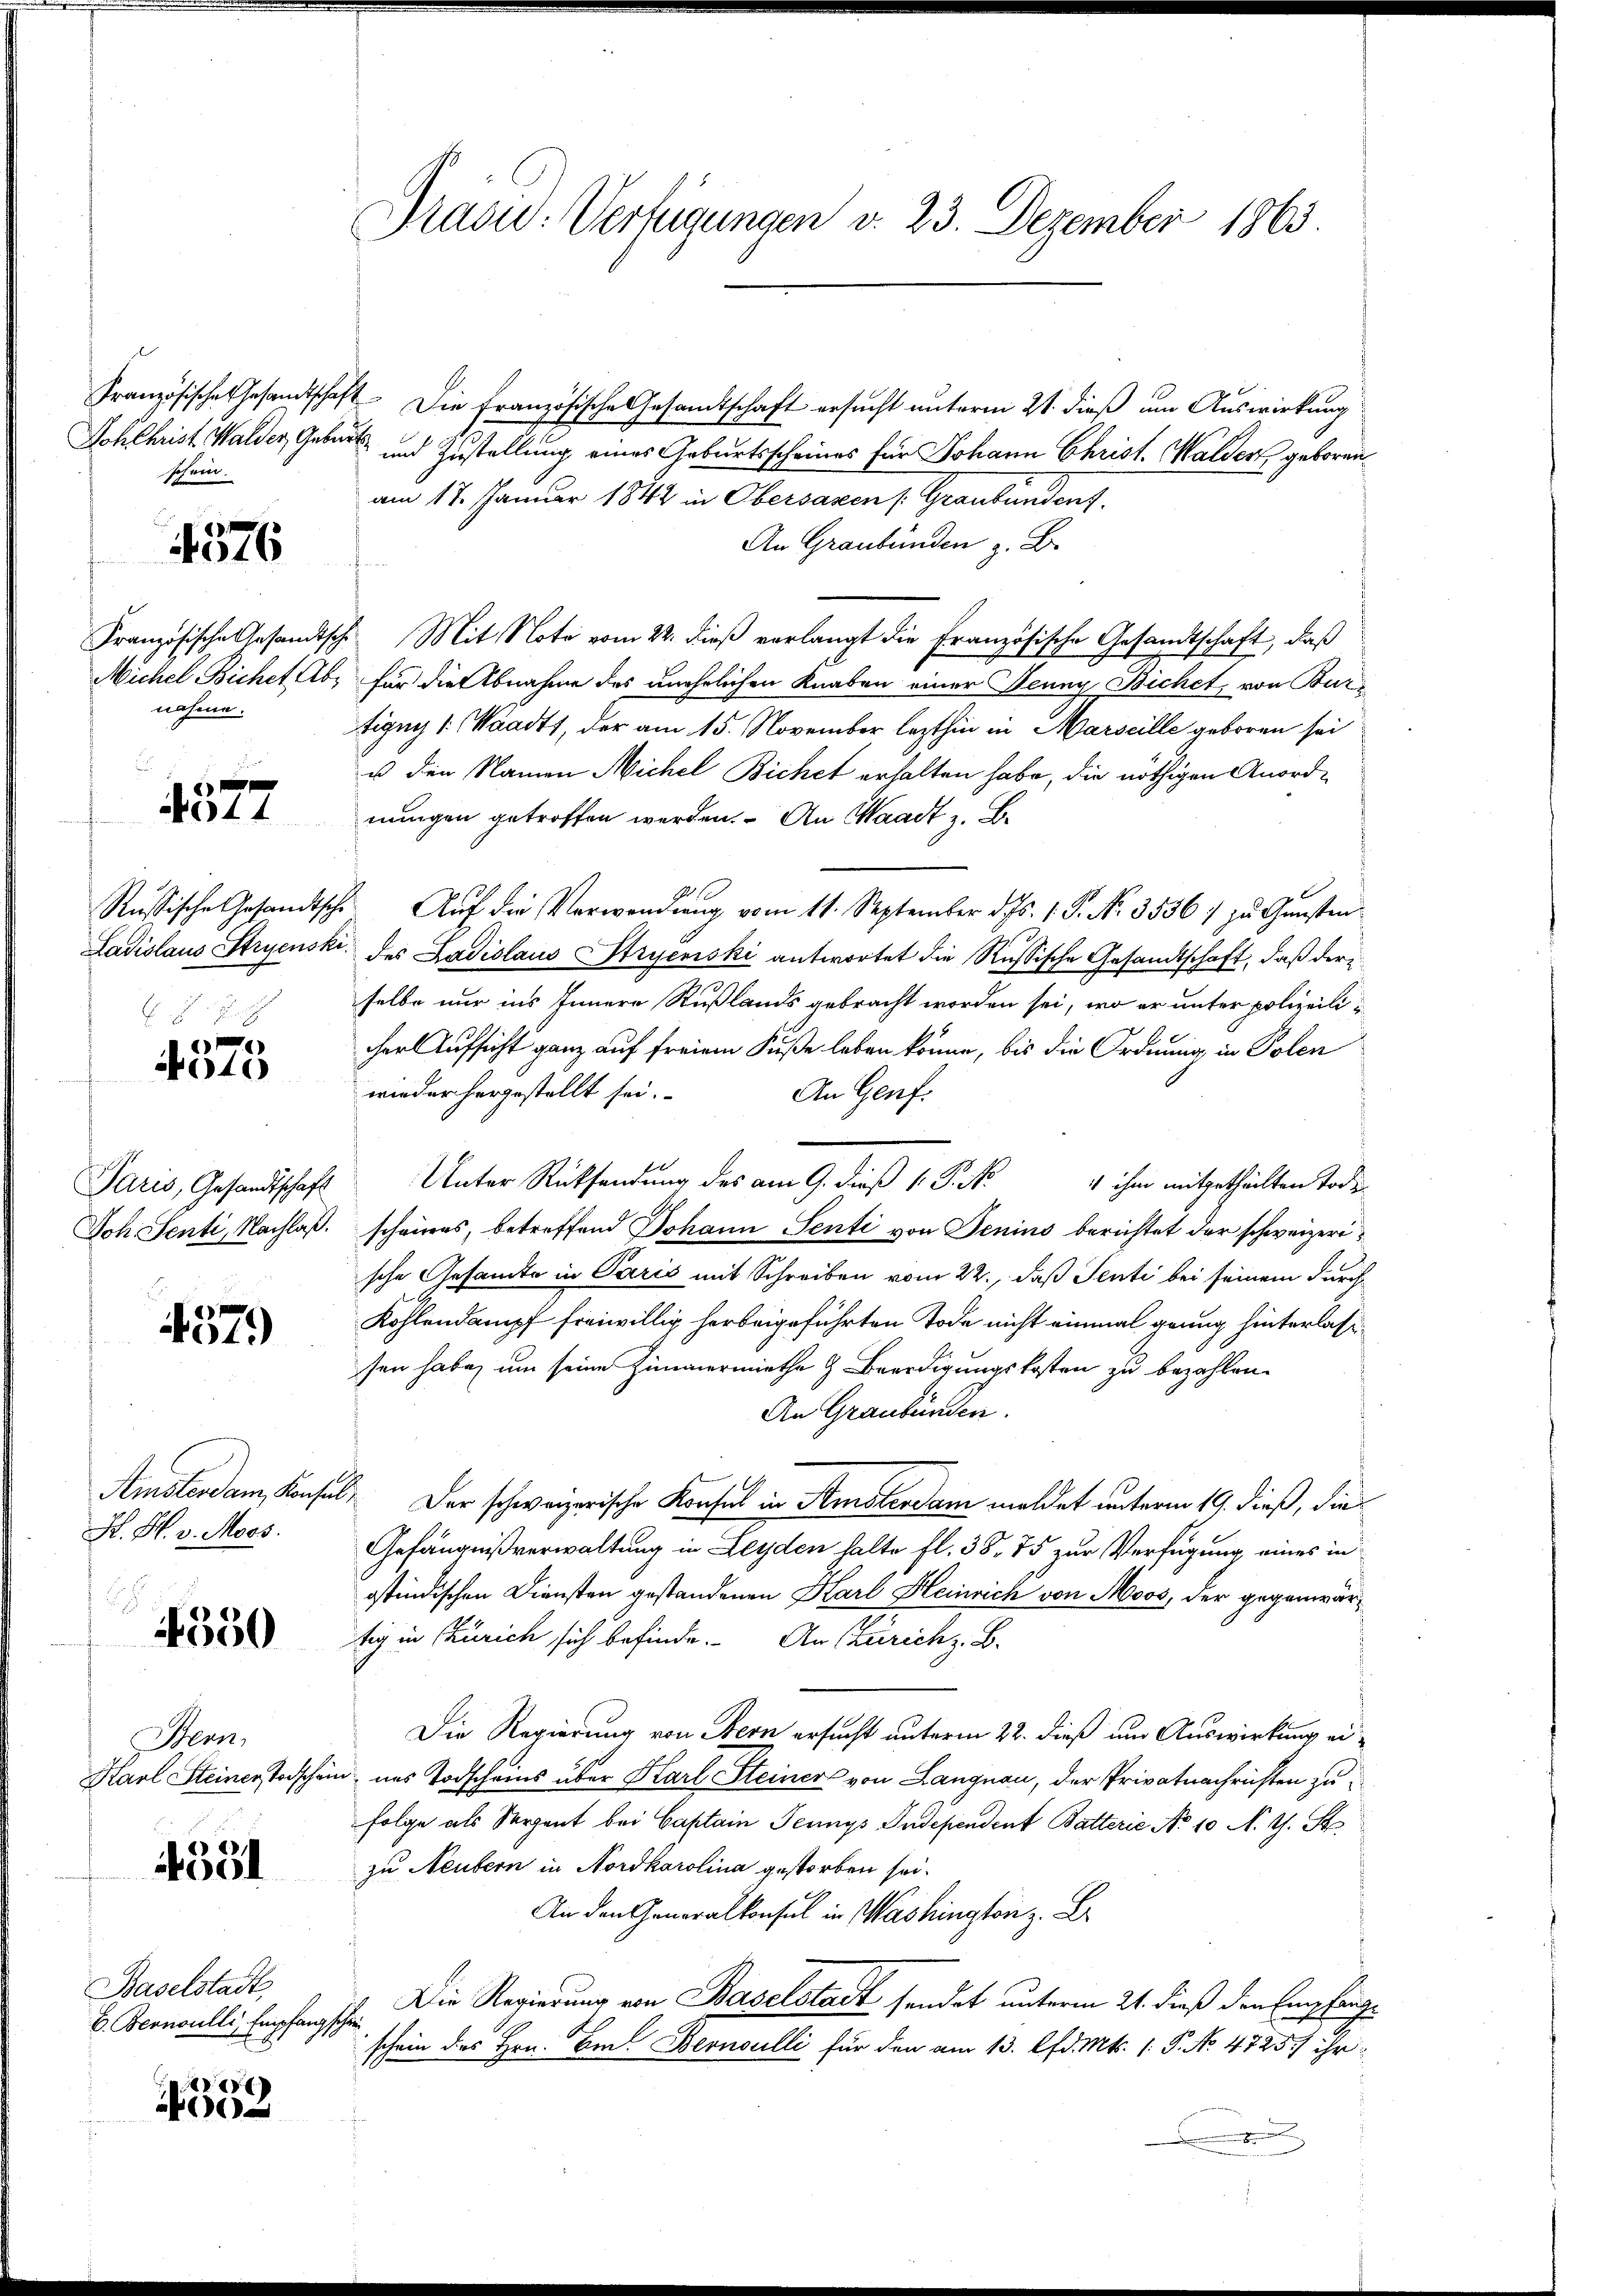
Sch Christ Walder, Geburt
schein.

4576

Französische Gesandtsch
nahme.

f
44

Ladislaus Stryenski.

4375

Paris, Gesandtschaft
Joh Senti, Nachlaß.

4379

Amsterdam Konsul
H. H. v. Moos.

4350

Henn,
Karl Steiner Todschen

4331

Baselstadt
E. Bernoulli, Empfang

4
0

Präsid.: Verfügungen d. 23. Dezember 1863.

Französische Gesandtschaft. Die französische Gesandtschaft ersucht unterm 21. dieß um Auswirkung
und Zustellung eines Geburtsscheines für Johann Christ. Walder geborenam 17. Januar 1842 in Obersasen /: Graubünden.
An Graubünden z. B.
 Mit Note vom 22. dieß verlangt die Französische Gesandtschaft, daß
Michel Bichet Abs für die Abnahme des unehelichen Knaben einer Jenny Bichet, von Burtigny (Waadt, der am 15. November lezthin in Marseille geboren sei
u den Namen Nichel Bichet erhalten habe, die nöthigen Anordnungen getroffen werden. An Waadt z. B.
Russische Gesandtsche Aŭf die Verwendung vom 11. September d. Js. 1. P. Nr. 3536 zŭ Gŭnsten
 des Ladislaus Stryenski antwortet die Russische Gesandtschaft, daß der
selbe nur ins Innern Rußlands gebracht worden sei, wo er unter polizeiliher Aufsicht ganz auf freiem Fuße leben könne, bis die Ordnung in Polen
wieder hergestellt sei.
An Genf.
scheines, betreffend Johann Senti von Jenins berichtet der schweizerische Gesamte in Paris mit Schreiben vom 22., daß Senti bei seinem durch¬
Kohlendampf freiwillig herbeigeführten Tode nicht einmal genug hinterlass
sen habe, um seine Zimmermiethe & Beerdigungskosten zu bezahlen.
An Graubünden.
. Der schweizerische Konsul in Amsterdam meldet unterm 19. dieß, die
Gefängnißverwaltung in Leyden halte fl. 38. 75 zur Verfügung eines in
ostindischen Diensten gestandenen Karl Heinrich von Moos, der gegenwärtig in Zürich sich befinde. An Zürich z. B.
Die Regierung von Bern ersucht unterm 22. dieß um Auswirkung ei¬
u. ins Todscheins über Karl Steiners von Langnau, der Privatnachrichten zu
folge als Serpent bei Captain Jennys Independent Batterie No 10 N. G. St
zu Neutern in Nordkarolina gestorben sei.
An den Generalkonsul in Washington z. B
Die Regierung von Baselstadt sendet unterm 21. dieß den Empfang¬
.
schein des Hrn. Ein Bernoulli für den am 13. d. Mts. 1. P. No. 4725/ ihr
m

Unter Rücksendung des am 9. dieß k. P. No 4 ihm mitgetheilten Todes